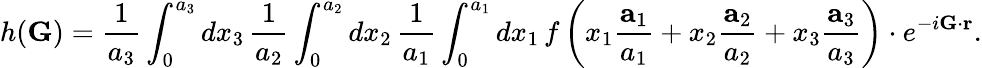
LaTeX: h(\mathbf{G})={\frac{1}{a_{3}}}\int_{0}^{a_{3}}dx_{3}\, {\frac{1}{a_{2}}}\int_{0}^{a_{2}}dx_{2}\, {\frac{1}{a_{1}}}\int_{0}^{a_{1}}dx_{1}\, f\left(x_{1}{\frac{\mathbf{a}_{1}}{a_{1}}}+x_{2}{\frac{\mathbf{a}_{2}}{a_{2}}}+x_{3}{\frac{\mathbf{a}_{3}}{a_{3}}}\right)\cdot e^{-i\mathbf{G}\cdot\mathbf{r}}.